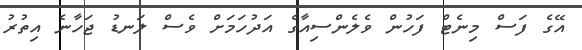
އޭގެ ފަސް މިނެޓް ފަހުން ވެލެންސިއާގެ އަދުހަމަށް ވެސް ލަނޑު ޖަހާނެ އިތުރު